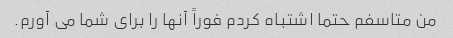
من متاسفم حتما اشتباه کردم فوراً آنها را برای شما می آورم.